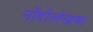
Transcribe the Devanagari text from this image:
नोंदीलेखक